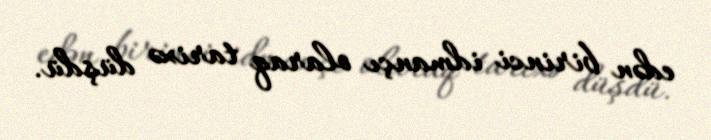
edən birinci idmançı olaraq tarixə düşdü.